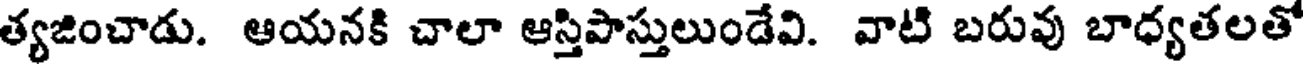
త్యజించాడు. ఆయనకి చాలా ఆస్తిపాస్తులుండేవి. వాటి బరువు బాధ్యతలతో